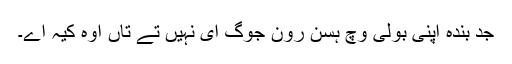
جد بندہ اپنی بولی وچ ہسن رون جوگ ای نہیں تے تاں اوہ کیہ اے۔